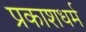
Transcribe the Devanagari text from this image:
प्रकाशधर्म